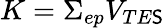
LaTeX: K=\Sigma_{ep}V_{TE\mathsf{S}}